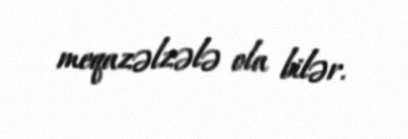
meqazəlzələ ola bilər.